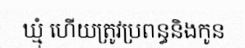
ឃ្មុំ ហើយត្រូវប្រពន្ធនិងកូន